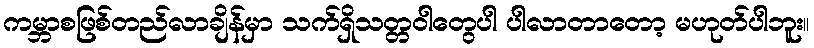
ကမ္ဘာစဖြစ်တည်လာချိန်မှာ သက်ရှိသတ္တဝါတွေပါ ပါလာတာတော့ မဟုတ်ပါဘူး။